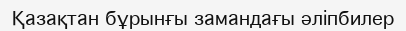
Қазақтан бұрынғы замандағы әліпбилер